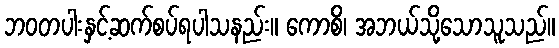
ဘဝတပါးနှင့်ဆက်စပ်ရပါသနည်း။ ကောစိ၊ အဘယ်သို့သောသူသည်။